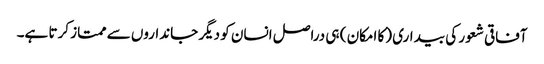
آفاقی شعور کی بیداری (کا امکان ) ہی دراصل انسان کو دیگر جانداروں سے ممتاز کرتا ہے۔